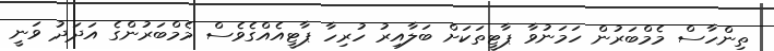
ތިންހާސް މެމްބަރުން ހަމަނުވާ ޕާޓީތަކަށް ބަލާއިރު ހުރިހާ ޕާޓީއެއްގެވެސް މެމްބަރުންގެ އަދަދު ވަނީ